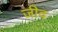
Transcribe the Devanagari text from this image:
जीद